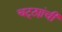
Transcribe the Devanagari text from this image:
चट्ट्यांची